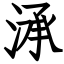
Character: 㴍